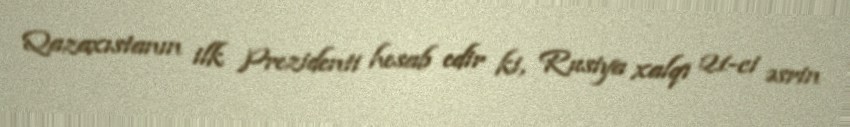
Qazaxıstanın ilk Prezidenti hesab edir ki, Rusiya xalqı 21-ci əsrin